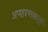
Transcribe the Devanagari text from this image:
अपहरणकर्त्ता